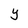
Character: Y